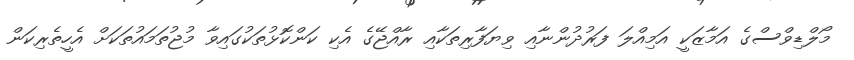
މޯލްޑިވްސްގެ އަމާޒަކީ އަމިއްލަ ފަރުދުންނާއި ވިޔަފާރިތަކާއި ރާއްޖޭގެ އެކި ކަންކޮޅުތަކުގައިވާ މުޖުތަމައުތަކަށް އެހީތެރިކަން